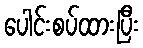
ပေါင်းစပ်ထားပြီး